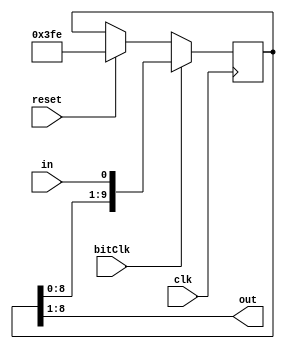
module spSR(out, in, bitClk, clk, reset);
	input	bitClk, clk, reset;
	input 	in;
	output [7:0] out;
	reg [9:0] data;

	initial data = 10'b1111111110;
	assign out = data[8:1]; // ignores start and stop bits
	
	always@(posedge clk) begin
		if (reset) 
			data <= 10'b1111111110;
		if(bitClk)
			data <= {data[8:0], in};
	end

endmodule